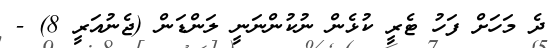
ދެ މަހަށް ފަހު ޓެރީ ކުޅެން ނުކުންނަނީ ލަންޑަން (ޖެނުއަރީ 8) -